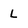
Character: l